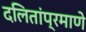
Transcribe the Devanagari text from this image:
दलितांप्रमाणे